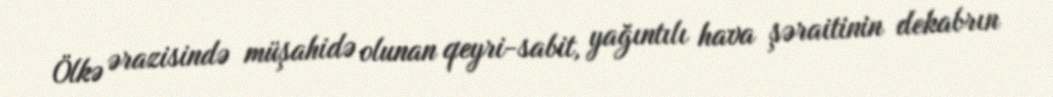
Ölkə ərazisində müşahidə olunan qeyri-sabit, yağıntılı hava şəraitinin dekabrın